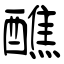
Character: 醮